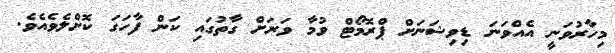
މިހާރުވަނީ އެއްވަނަ ޑިވިޝަނަށް ޕްރޮމޯޓް ވުމާ ވަރަށް ގާތުގައި ކަން ފާހަގަ ކޮށްލެވެއެވެ.